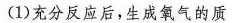
(1)充分反应后，生成氧气的质